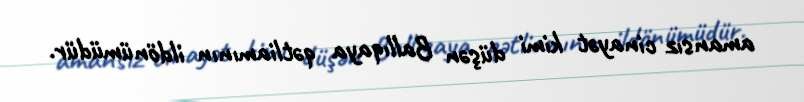
amansız cinayət kimi düşən Ballıqaya qətliamının ildönümüdür.